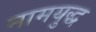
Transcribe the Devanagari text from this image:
नामयुद्ध